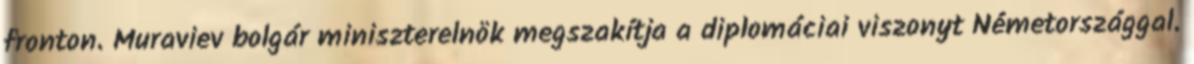
fronton. Muraviev bolgár miniszterelnök megszakítja a diplomáciai viszonyt Németországgal.